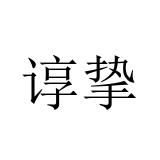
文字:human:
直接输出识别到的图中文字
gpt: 谆挚